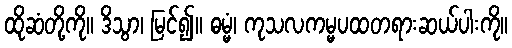
ထိုဆံတို့ကို။ ဒိသွာ၊ မြင်၍။ ဓမ္မံ၊ ကုသလကမ္မပထတရားဆယ်ပါးကို။